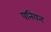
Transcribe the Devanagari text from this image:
पनियन